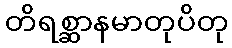
တိရစ္ဆာနမာတုပိတု